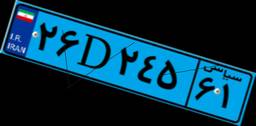
۲۶D۲۴۵۶۱